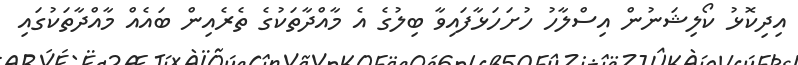
އިދިކޮޅު ކޯލިޝަނުން އިސްލާހު ހުށަހަޅާފައިވާ ބިލުގެ އެ މާއްދާތަކުގެ ތެރެއިން ބައެއް މާއްދާތަކުގައި